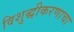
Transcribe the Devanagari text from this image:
विशुद्धीकरणाचा